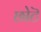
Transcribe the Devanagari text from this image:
छोटॆ